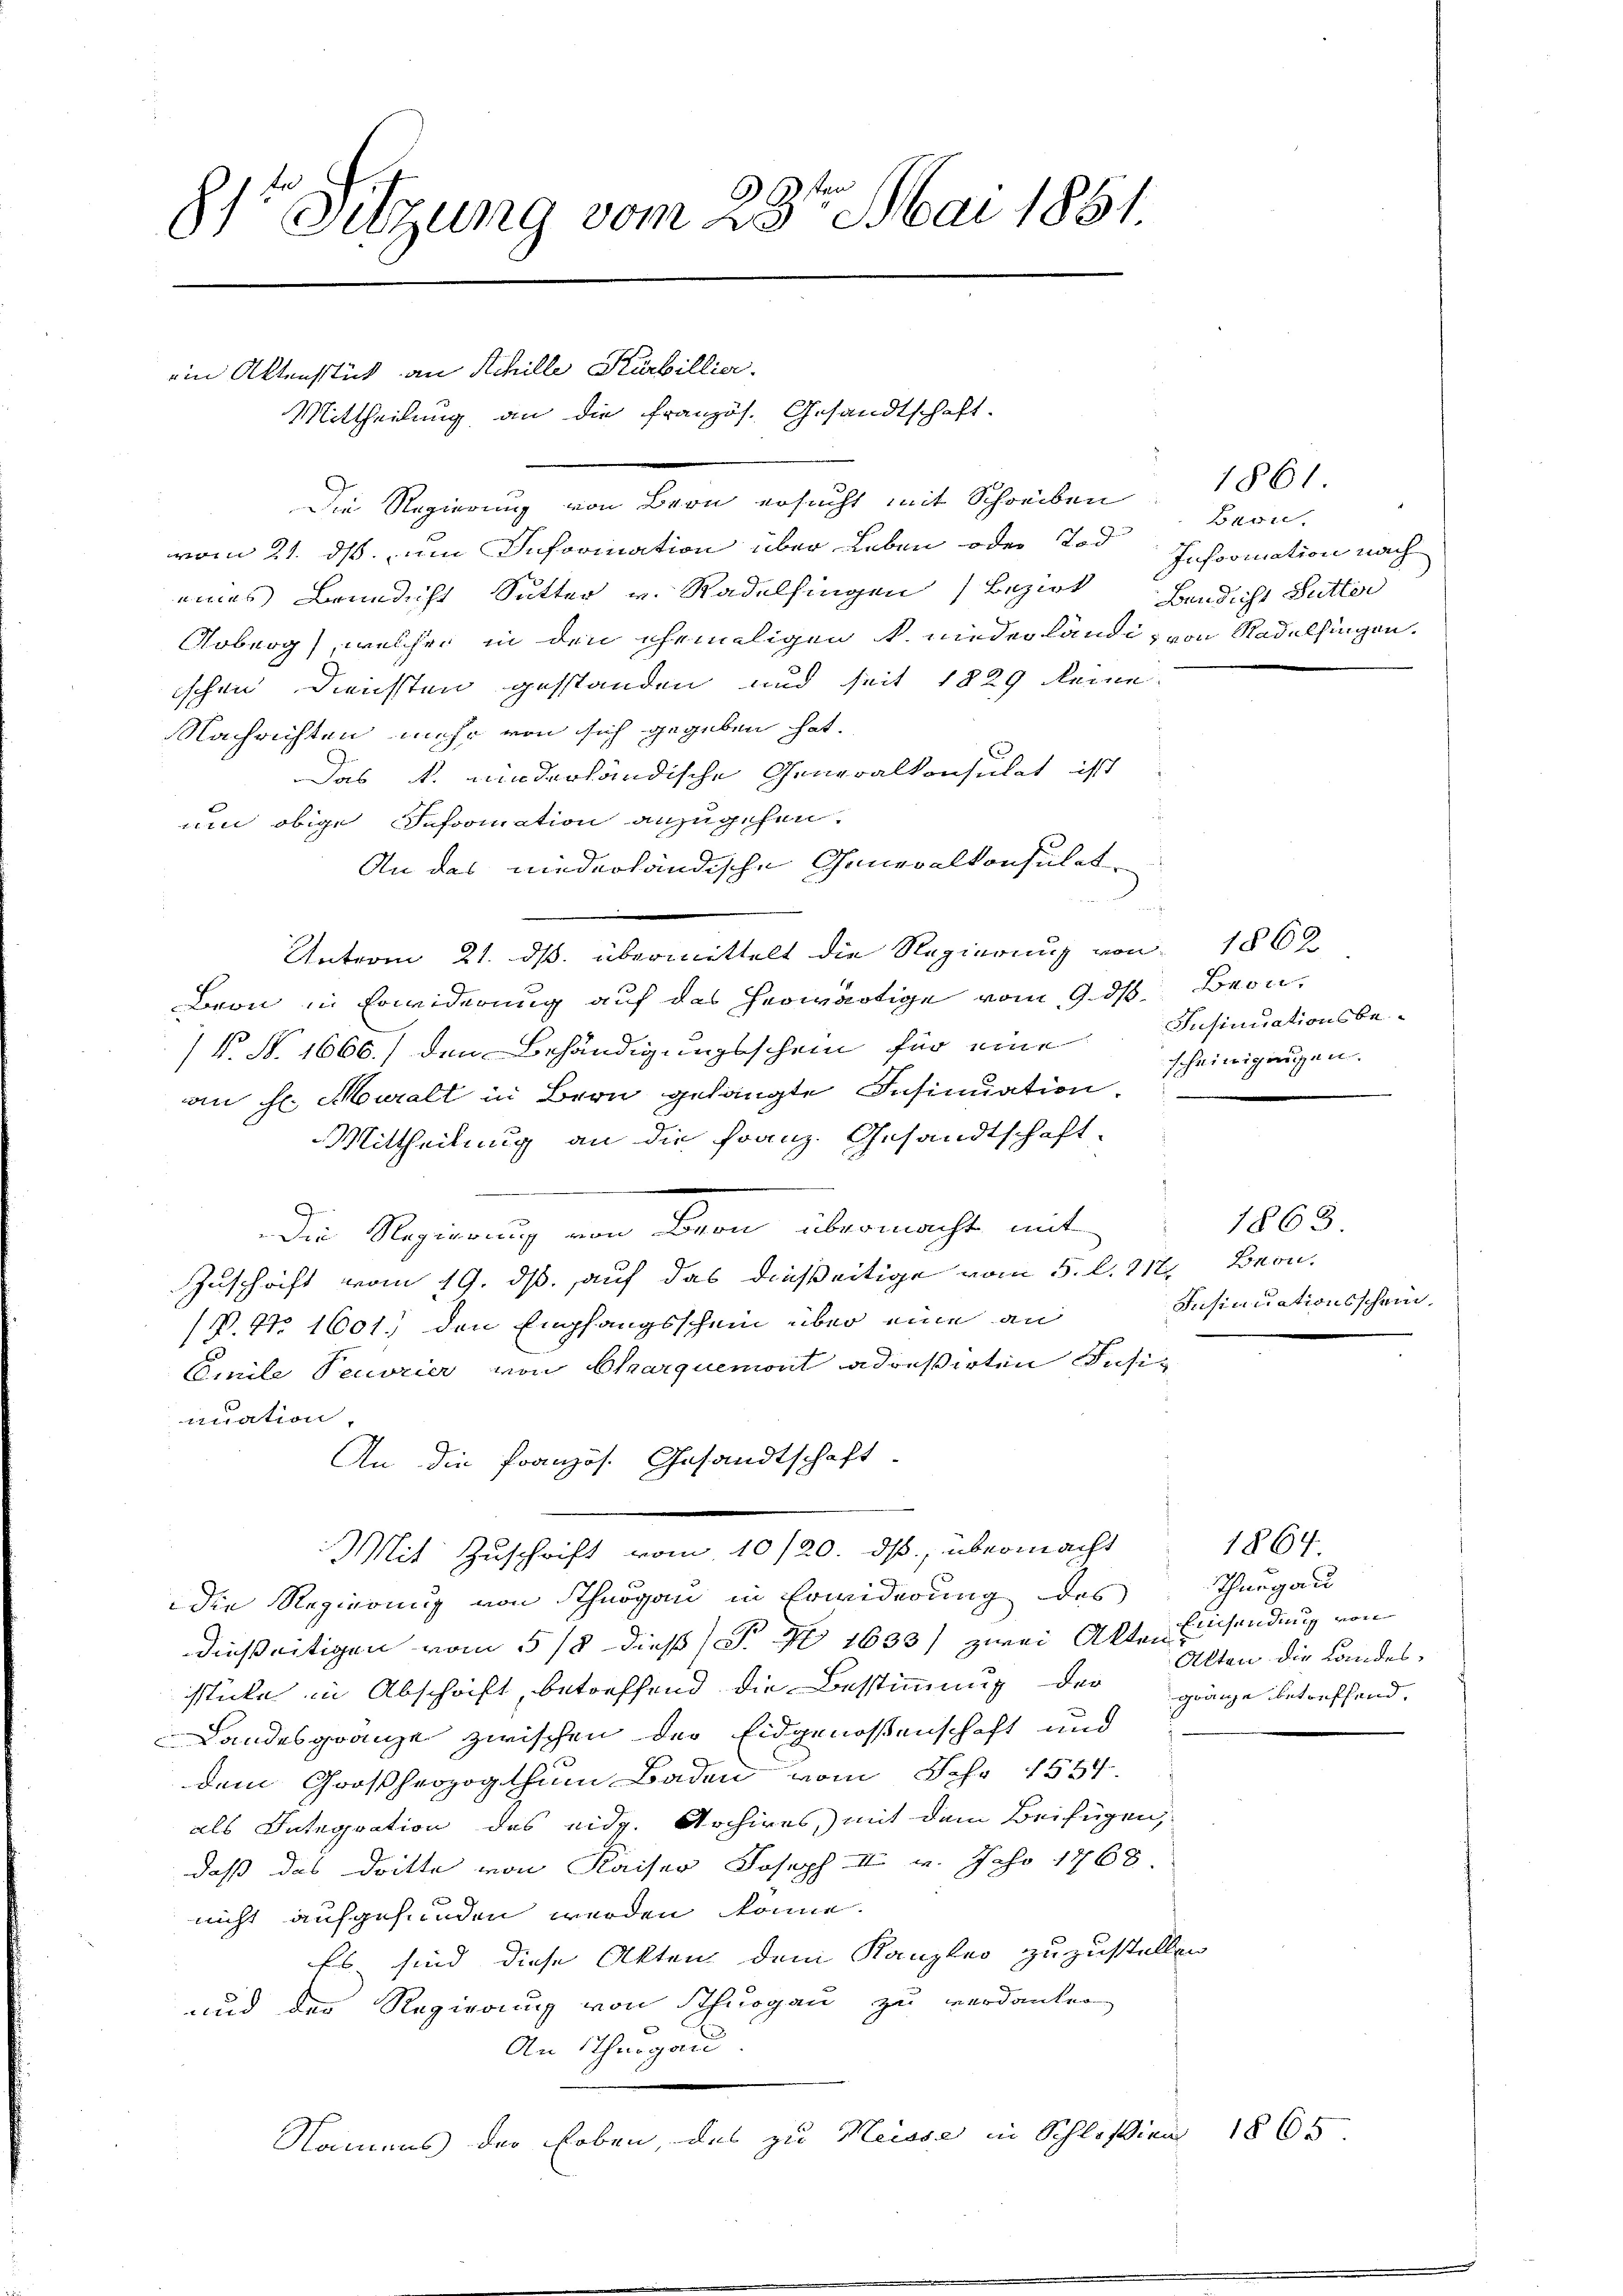
81r Sitzung vom 28ten Mai 1851.

ein Aktenstück an Schille Kürbillier.
Mittheilung an die französ. Gesandtschaft.

Die Regierung von Bern ersucht mit Schreiben
vom 21. ds. zum Information über Leben oder 2. d
eines Brandicht Sutter v. Radelsingen Bezirk Bendicht Futter
Koberg) welcher in den ehemaligen k. niederländig von Radelfingen.
ischen Diensten gestanden und seit 1829 keine
Nachrichten mehr von sich gegeben hat.
Das k. niederländische Generalkonsulat ist
min obige Information anzugehen.
An das niederländische Generalkonsulat
Unterm 21. ds. übermittelt die Regierung von 1862
Beon in Erwiderung auf das herwärtige vom 9. ds Beon¬
(N. N. 1666.) den Behändigungsschein für eine
an H. Murall in Bern gelangte Insinuation.
Mittheilung an die Franz. Gesandtschaft-
Die Regierung von Bern übermacht mit
Zuschrift vom 19. ds. auf das dießeitige vom 5. l. 217. Bern.
(P. No 1601.) den Empfangsschein über eine an
Emile Pecorier von Charquemont adreßirten Pusis
nuation,
An die Französ. Gesandtschaft
Mit Zuschrift vom 10/20. ds, übermacht
die Regierung von Thurgau in Erwiderung des Thurgau
dießeitigen vom 5/8 dieß P. Nr 1633) zwei Akten Einsendung von
sticke in Abschrift, betreffend die Bestimmung der gränze betreffend,
Landesgränze zwischen der Eidgenossenschaft und
dem Großherzogthum Baden vom Jahr 1534.
als Integration des eidg. Archires, mit dem Beifügen,
daß das Dritte von Kaiser Joseph  v. Jahr 1768
nicht aufgefunden werden könne.
Es sind diese Akten dem Kanzlei zuzustellen
und der Regierung von Thurgau zu verdanken
An Thurgau
Namens der Erben, das zu Neisse in Schloßen 1865

Bnwie
Inforication nach

1861.

s
Insinuationsbescheinigungen.

1863
Insinuationsschein.

1864.
Alten die Landes¬